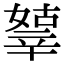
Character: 𨐞